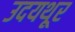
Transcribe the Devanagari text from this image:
उदयथूर